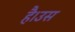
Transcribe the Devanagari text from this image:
है।उस